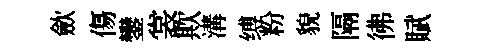
歛傷鑾裳欺溝缚粉貌隔彿賦